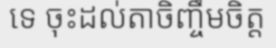
ទេ ចុះដល់តាចិញ្ចឹមចិត្ត